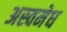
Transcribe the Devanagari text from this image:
अस्वमेध